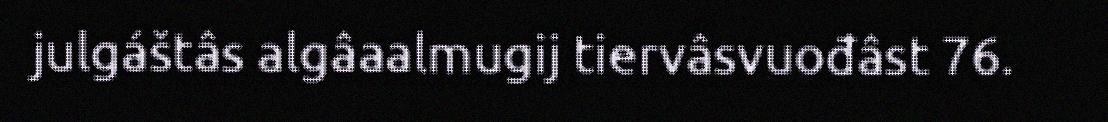
julgáštâs algâaalmugij tiervâsvuođâst 76.